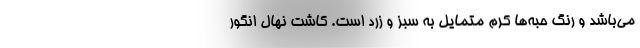
می‌باشد و رنگ حبه‌ها کرم متمایل به سبز و زرد است. کاشت نهال انگور